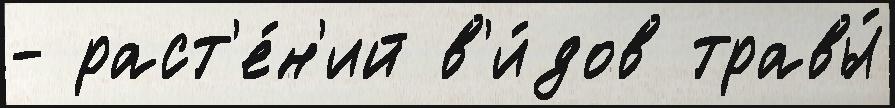
- раст'е́н'ий в'и́дов травы́